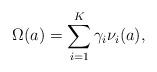
LaTeX: \begin{align*} \Omega(a)=\sum_{i=1}^K \gamma_i \nu_i(a), \end{align*}